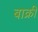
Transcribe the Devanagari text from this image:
बाक्री